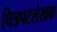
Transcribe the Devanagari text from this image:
चित्रपटलेखक